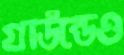
গ্রাউন্ডেও